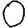
Digit: 0